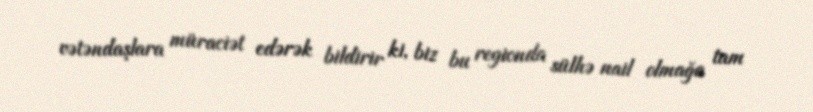
vətəndaşlara müraciət edərək bildirir ki, biz bu regionda sülhə nail olmağa tam